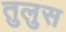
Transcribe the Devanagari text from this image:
तुलुस